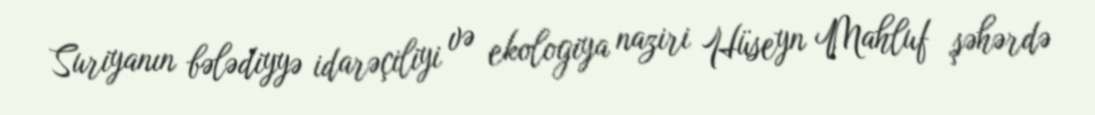
Suriyanın bələdiyyə idarəçiliyi və ekologiya naziri Hüseyn Mahluf şəhərdə